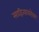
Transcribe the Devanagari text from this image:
साहित्याबरोबर